Lunatic asylums United Prov. 1922-30 - 1922-1930
Year: 1922
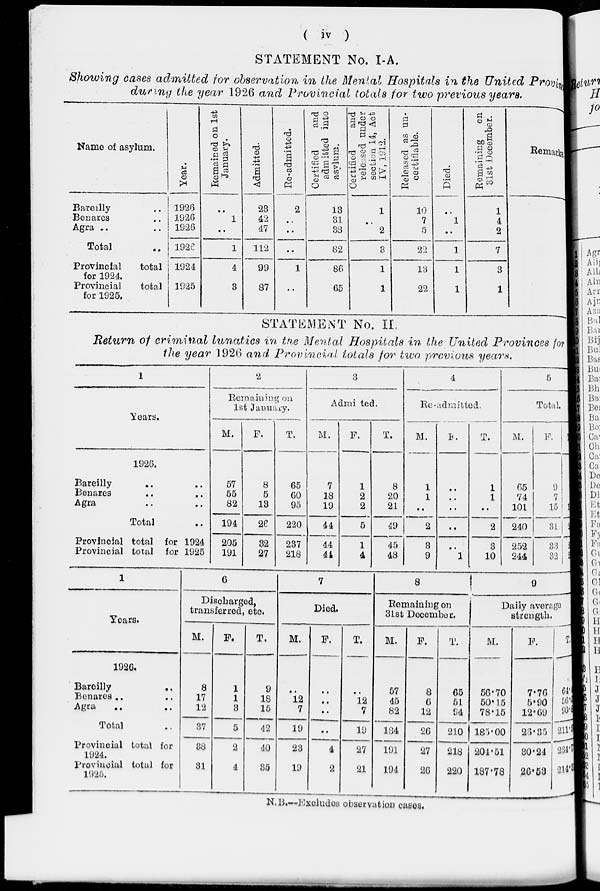
( iv )
STATEMENT No. I-A.
Showing cases admitted for observation in the Mental Hospitals in the United Provinces
during the year 1926 and Provincial totals for two previous years.
Name of asylum.
Bareilly ..
Benares ..
Agra ..
Total ..
Provincial
total
for 1924.
Provincial
total
for 1925.
Year.
1926
1926
1926
1926
1924
1925
Remained on 1st
January.
..
1
..
1
4
3
Admitted.
23
42
47
112
99
87
Re-admitted.
2
..
..
..
1
..
Certified
and
admitted into
asylum.
13
31
38
82
86
65
Certified
and
released under
section 14, Act
IV, 1912.
1
..
2
3
1
1
Released as un¬
certitiable.
10
7
5
22
13
22
Died.
..
1
..
1
1
1
Remaining
on
31st December.
1
4
2
7
3
1
Remarks
STATEMENT No. II.
Return of criminal lunatics in the Mental Hospitals in the United Provinces for
the year 1926 and Provincial totals for two previous years.
1
Years.
1926.
Bareilly .. ..
Benares .. ..
Agra .. ..
Total ..
Provincial total for 1924
Provincial total for 1925
2
Remaining on
1st January.
M.
57
55
82
194
205
191
F.
8
5
13
26
32
27
T.
65
60
95
220
237
218
3
Admitted.
M.
7
18
19
44
44
44
F.
1
2
2
5
1
4
T.
8
20
21
49
45
48
4
Re-admitted.
M.
1
1
..
2
3
9
F.
..
..
..
..
..
1
T.
1
1
..
2
3
10
5
Total.
M.
65
74
101
240
252
244
F.
9
7
15
31
33
32
T.
1
Years.
1926.
Bareilly ..
Benares .. ..
Agra .. ..
Total ..
Provincial total for
1924.
provincial total for
1925.
6
Discharged,
transferred, etc.
M.
8
17
12
37
38
31
F.
1
1
3
5
2
4
T.
9
18
15
42
40
35
7
Died.
M.
..
12
7
19
23
19
F.
..
..
..
..
4
2
T.
..
12
7
19
27
21
8
Remaining on
31st December.
M.
57
45
82
184
191
194
F.
8
6
12
26
27
26
T.
65
51
94
210
218
220
9
Daily average
strength.
M.
56.70
50.15
78.15
185.00
204.51
187.78
F.
7.76
5.90
12.69
26.35
30.24
26.53
T.
64.
56.
90.
211.3
234.7
214.3
N.B.—Excludes observation cases.